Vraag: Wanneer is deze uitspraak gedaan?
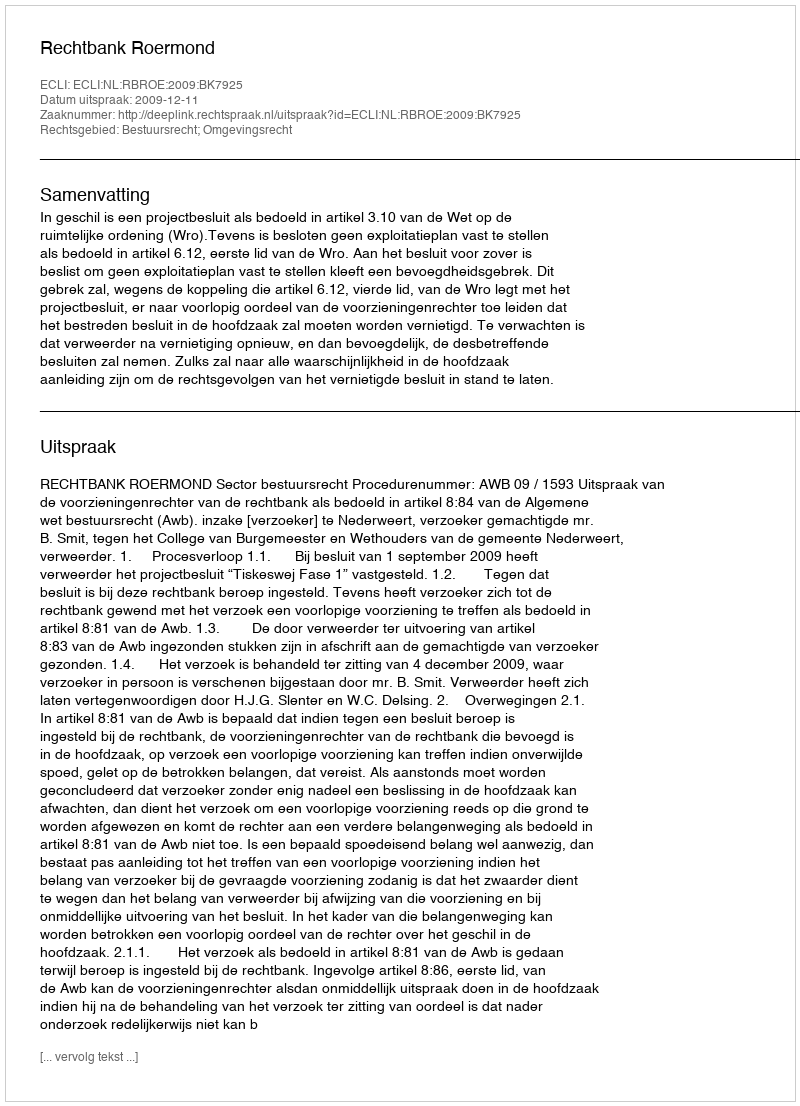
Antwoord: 2009-12-11